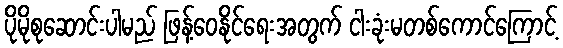
ပိုမိုစုဆောင်းပါမည် ဖြန့်ဝေနိုင်ရေးအတွက် ငါးခုံးမတစ်ကောင်ကြောင့်